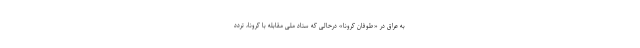
به عراق در «طوفان کرونا» درحالی که ستاد ملی مقابله با کرونا، تردد